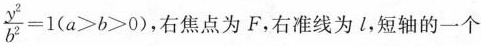
$$\frac{y^{2}}{b^{2}}=1(a>b>0)$$,右焦点为F，右准线为L，短轴的一个